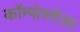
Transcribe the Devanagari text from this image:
कॉम्पोस्तेला